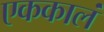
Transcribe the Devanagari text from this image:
एककालं